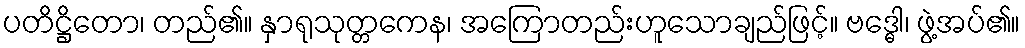
ပတိဋ္ဌိတော၊ တည်၏။ နှာရုသုတ္တကေန၊ အကြောတည်းဟူသောချည်ဖြင့်။ ဗဒ္ဓေါ၊ ဖွဲ့အပ်၏။